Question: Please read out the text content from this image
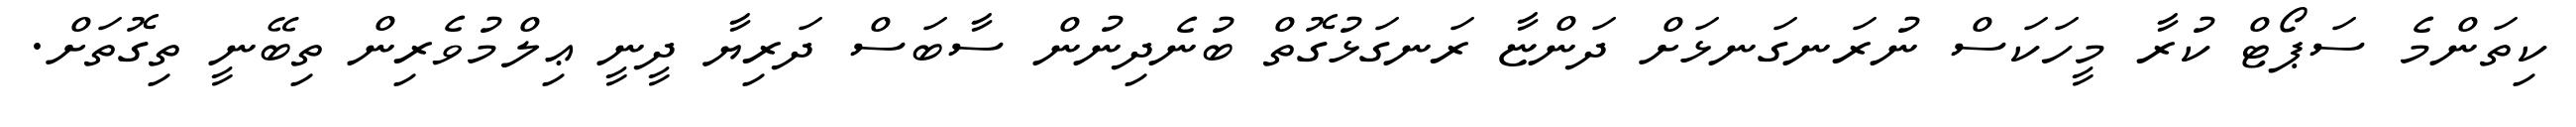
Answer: ކިތަންމެ ސަޕޯޓް ކުރާ މީހަކަސް ނުރަނގަނޅަށް ދަންޏާ ރަނގަޅުގޮތް ބުނެދިނުން ސާބަސް ދަރިޔާ ދީނީ ޢިލްމުވެރިން ތިބޭނީ ތިގޮތަށް.